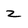
Character: z